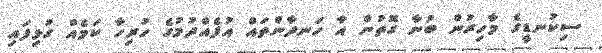
ސިކުނޑީގެ މާހިރުން ބުނާ ގޮތުން އާ ހަނދާންތައް އުފެއްދުމުގެ ހުރިހާ ކަމެއް ގުޅިފައި